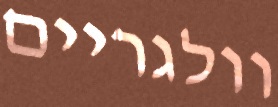
וולגריים